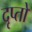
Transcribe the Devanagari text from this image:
दृप्तो